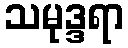
သမုဒ္ဒရာ